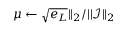
\mu \leftarrow \sqrt { e _ { L } } | | _ { 2 } / | | \mathcal { I } | | _ { 2 }